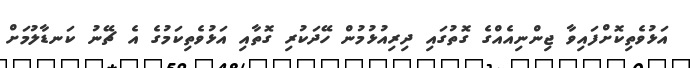
އަޅުވެތިކޮށްފައިވާ ޖިންނިއެއްގެ ގޮތުގައި ދިރިއުޅުމުން ހޭދަކުރި ގޮތާއި އަޅުވެތިކަމުގެ އެ ޗޭނު ކަނޑާލުމަށް